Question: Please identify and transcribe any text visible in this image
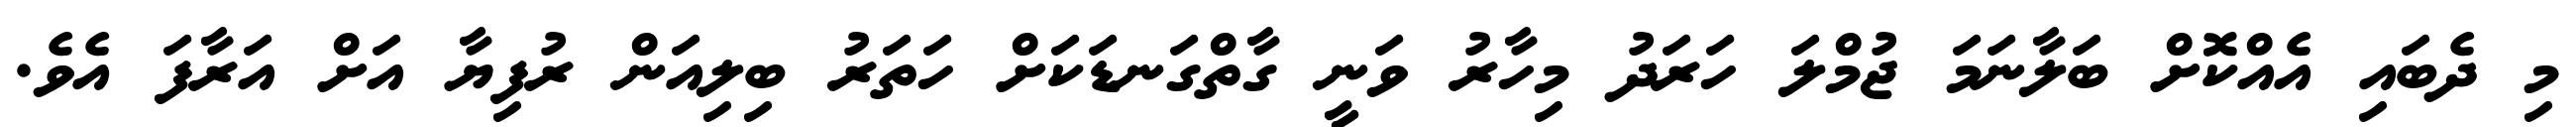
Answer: މި ދެބައި އެއްކޮށް ބަލާނަމަ ޖުމްލަ ހަރަދު މިހާރު ވަނީ ގާތްގަނޑަކަށް ހަތަރު ބިލިއަން ރުފިޔާ އަށް އަރާފަ އެވެ.